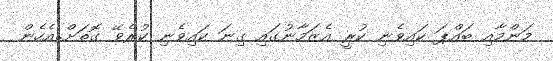
މަންމާއި ބައްޕަ ކައިވެނި ކުރީ އެޒަމާނުގައި ގިނަ ކައިވެނި ކުރެވޭ ގޮތަށް..އެހެން